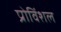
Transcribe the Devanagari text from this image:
प्रोविंशल